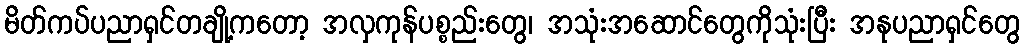
မိတ်ကပ်ပညာရှင်တချို့ကတော့ အလှကုန်ပစ္စည်းတွေ၊ အသုံးအဆောင်တွေကိုသုံးပြီး အနုပညာရှင်တွေ